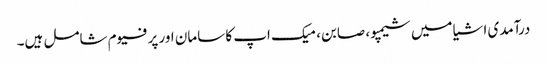
درآمدی اشیا میں شیمپو، صابن، میک اپ کا سامان اور پرفیوم شامل ہیں۔